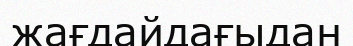
жағдайдағыдан